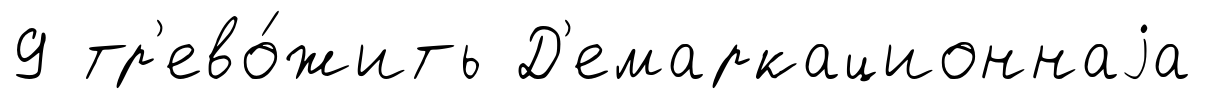
9 тр'ево́жить Д'емаркационнаjа